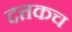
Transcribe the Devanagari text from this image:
दत्तकच